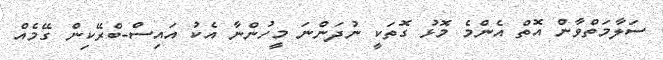
ސަލާމަތްވާން އޮތް އެންމެ މޮޅު ގޮތަކީ ނުދަންނަ މީހުންނާ އެކު އައިސް-ބްރޭކިން ގޭމެއް